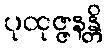
ပုထုဇ္ဇနန္တိ